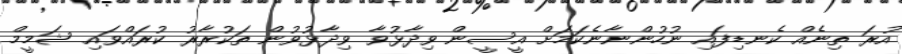
އުރަ ތިނެއް ކެނޑިފައި ނުހުންނާނެކަމަށް އީސީން ވިދާޅުވާ ވިދާޅުވުން ތަކުރާރު ކުރައްވައި ޝަމީމް